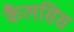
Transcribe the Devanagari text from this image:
कैलसिस